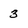
Character: 3